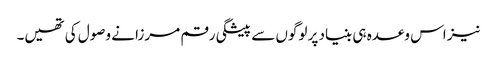
نیز اس وعدہ ہی بنیاد پر لوگوں سے پیشگی رقم مرزا نے وصول کی تھیں۔